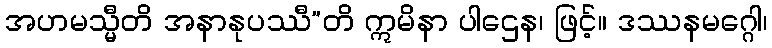
အဟမသ္မီတိ အနာနုပဿီ”တိ ဣမိနာ ပါဌေန၊ ဖြင့်။ ဒဿနမဂ္ဂေါ၊